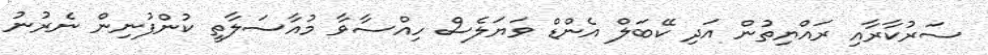
ސަރުކާރާއި ރައްޔިތުން އަދި ކޭބަލް އެންޑް ވަޔަލެސް ހިއްސާވާ މުއާސަލާތީ ކުންފުނިން ނެރުނު